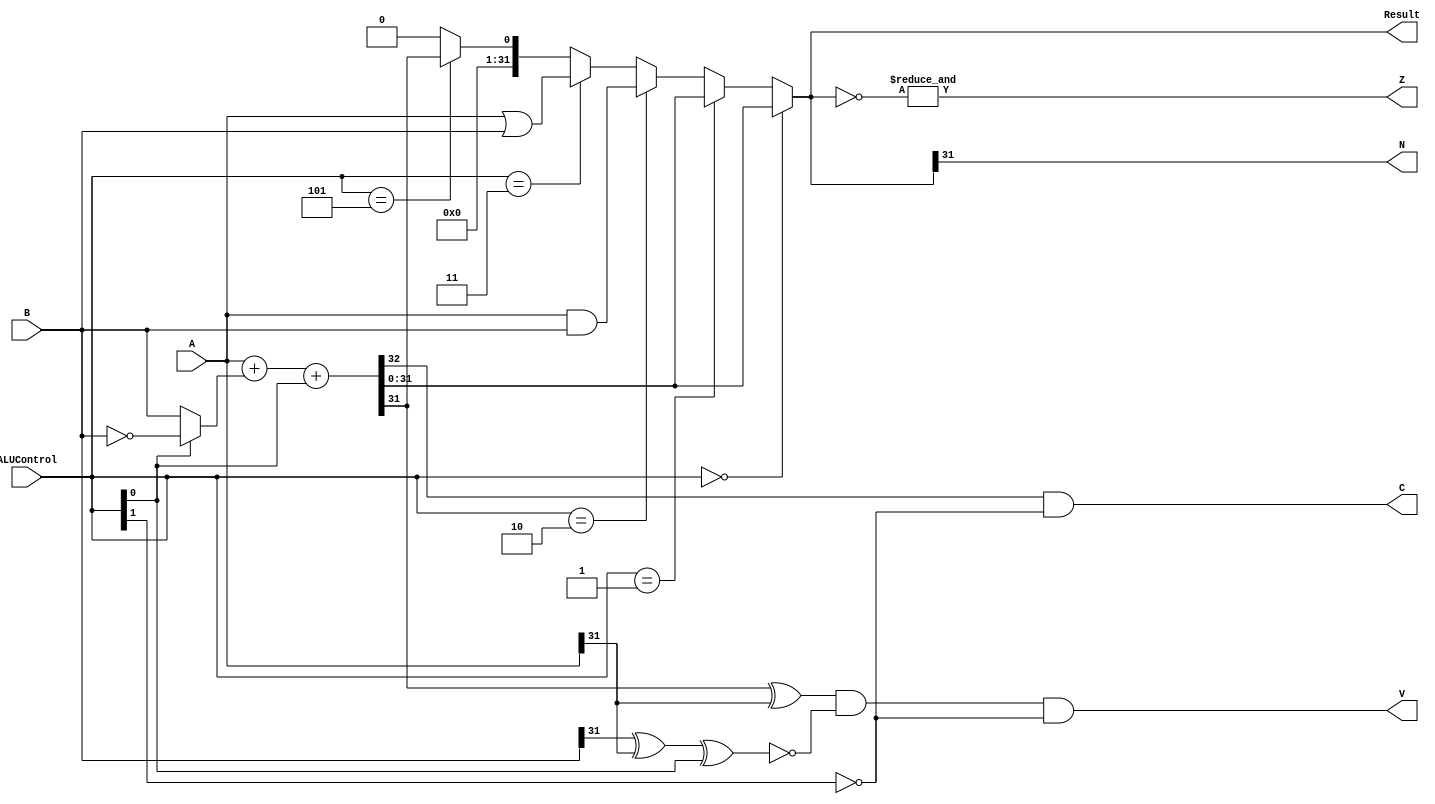
module ALU(A,B,ALUControl,Result,Z,N,C,V);
    input [31:0] A;
    input [31:0] B;
    input [2:0] ALUControl;
    output [31:0] Result;
    output Z,N,C,V;
    wire [31:0] a_and_b;
    wire [31:0] a_or_b;
    wire [31:0] not_b;
    wire [31:0] mux_1;
    wire [31:0] sum;
    wire [31:0] mux_2;
    wire [31:0] slt;
    wire cout;
    assign a_and_b = A & B;
    assign a_or_b = A | B;
    assign not_b = ~B;
    assign mux_1 = (ALUControl[0] == 1'b0) ? B : not_b;
    assign {cout, sum} = A + mux_1 + ALUControl[0]; // Addition or Subtraction
    assign slt = {31'b0, sum[31]};
    assign mux_2 = (ALUControl[2:0] == 3'b000) ? sum :
                (ALUControl[2:0] == 3'b001) ? sum :
                (ALUControl[2:0] == 3'b010) ? a_and_b : 
                (ALUControl[2:0] == 3'b011) ? a_or_b:
                (ALUControl[2:0] == 3'b101) ? slt : 32'h0;
    assign Result = mux_2; // Result Flag
    assign Z = &(~Result); // Zero Flag
    assign N = Result[31]; // Negative Flag
    assign C = cout & (~ALUControl[1]); // Carry Flag
    assign V = (sum[31] ^ A[31]) & (~(B[31] ^ A[31] ^ ALUControl[0])) & (~ALUControl[1]); // Overflow Flag

endmodule